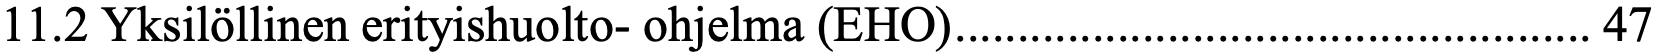
11.2 Yksilöllinen erityishuolto- ohjelma (EHO) ................................................... 47